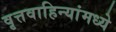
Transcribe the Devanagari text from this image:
वृत्तवाहिन्यांमध्ये